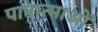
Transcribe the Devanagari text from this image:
पापात्माओं